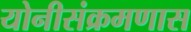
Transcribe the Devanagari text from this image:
योनीसंक्रमणास